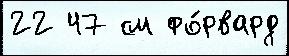
22 47 см фо́рвард